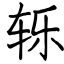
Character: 轹